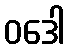
ဝဒေါ